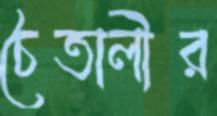
চৈতালীর